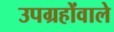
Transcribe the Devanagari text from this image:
उपग्रहोंवाले